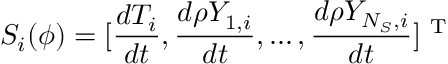
S _ { i } ( \phi ) = [ \frac { d T _ { i } } { d t } , \frac { d \rho Y _ { 1 , i } } { d t } , \ldots , \frac { d \rho Y _ { { N _ { S } } , i } } { d t } ] ^ { \mathrm { ~ T ~ } }